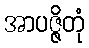
အာပဇ္ဇိတုံ